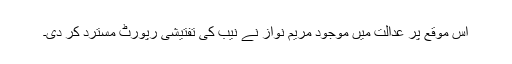
اس موقع پر عدالت میں موجود مریم نواز نے نیب کی تفتیشی رپورٹ مسترد کر دی۔